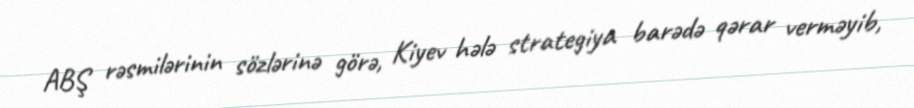
ABŞ rəsmilərinin sözlərinə görə, Kiyev hələ strategiya barədə qərar verməyib,